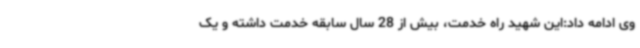
وی ادامه داد:این شهید راه خدمت، بیش از 28 سال سابقه خدمت داشته و یک